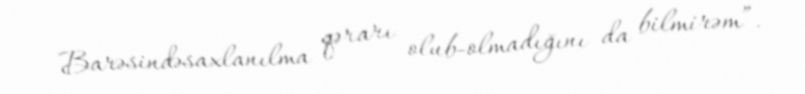
Barəsindəsaxlanılma qərarı olub-olmadığını da bilmirəm”.